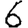
Digit: 6